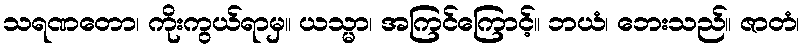
သရဏတော၊ ကိုးကွယ်ရာမှ။ ယသ္မာ၊ အကြင်ကြောင့်။ ဘယံ၊ ဘေးသည်။ ဇာတံ၊